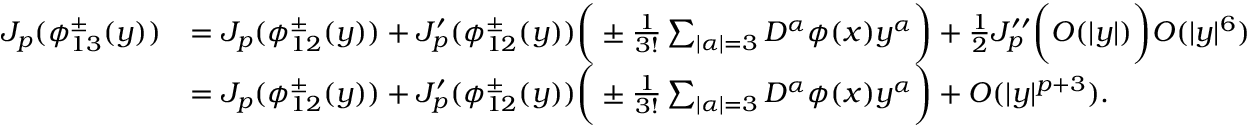
\begin{array} { r l } { J _ { p } ( \phi _ { 1 3 } ^ { \pm } ( y ) ) } & { = J _ { p } ( \phi _ { 1 2 } ^ { \pm } ( y ) ) + J _ { p } ^ { \prime } ( \phi _ { 1 2 } ^ { \pm } ( y ) ) \bigg ( \pm \frac { 1 } { 3 ! } \sum _ { | \alpha | = 3 } D ^ { \alpha } \phi ( x ) y ^ { \alpha } \bigg ) + \frac { 1 } { 2 } J _ { p } ^ { \prime \prime } \bigg ( O ( | y | ) \bigg ) O ( | y | ^ { 6 } ) } \\ & { = J _ { p } ( \phi _ { 1 2 } ^ { \pm } ( y ) ) + J _ { p } ^ { \prime } ( \phi _ { 1 2 } ^ { \pm } ( y ) ) \bigg ( \pm \frac { 1 } { 3 ! } \sum _ { | \alpha | = 3 } D ^ { \alpha } \phi ( x ) y ^ { \alpha } \bigg ) + O ( | y | ^ { p + 3 } ) . } \end{array}